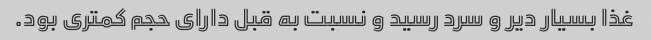
غذا بسیار دیر و سرد رسید و نسبت به قبل دارای حجم کمتری بود.